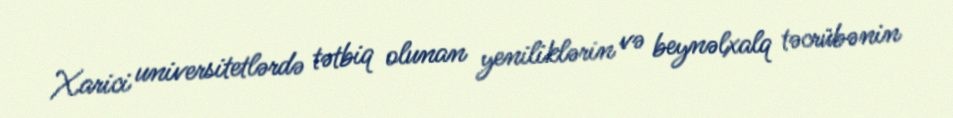
Xarici universitetlərdə tətbiq olunan yeniliklərin və beynəlxalq təcrübənin